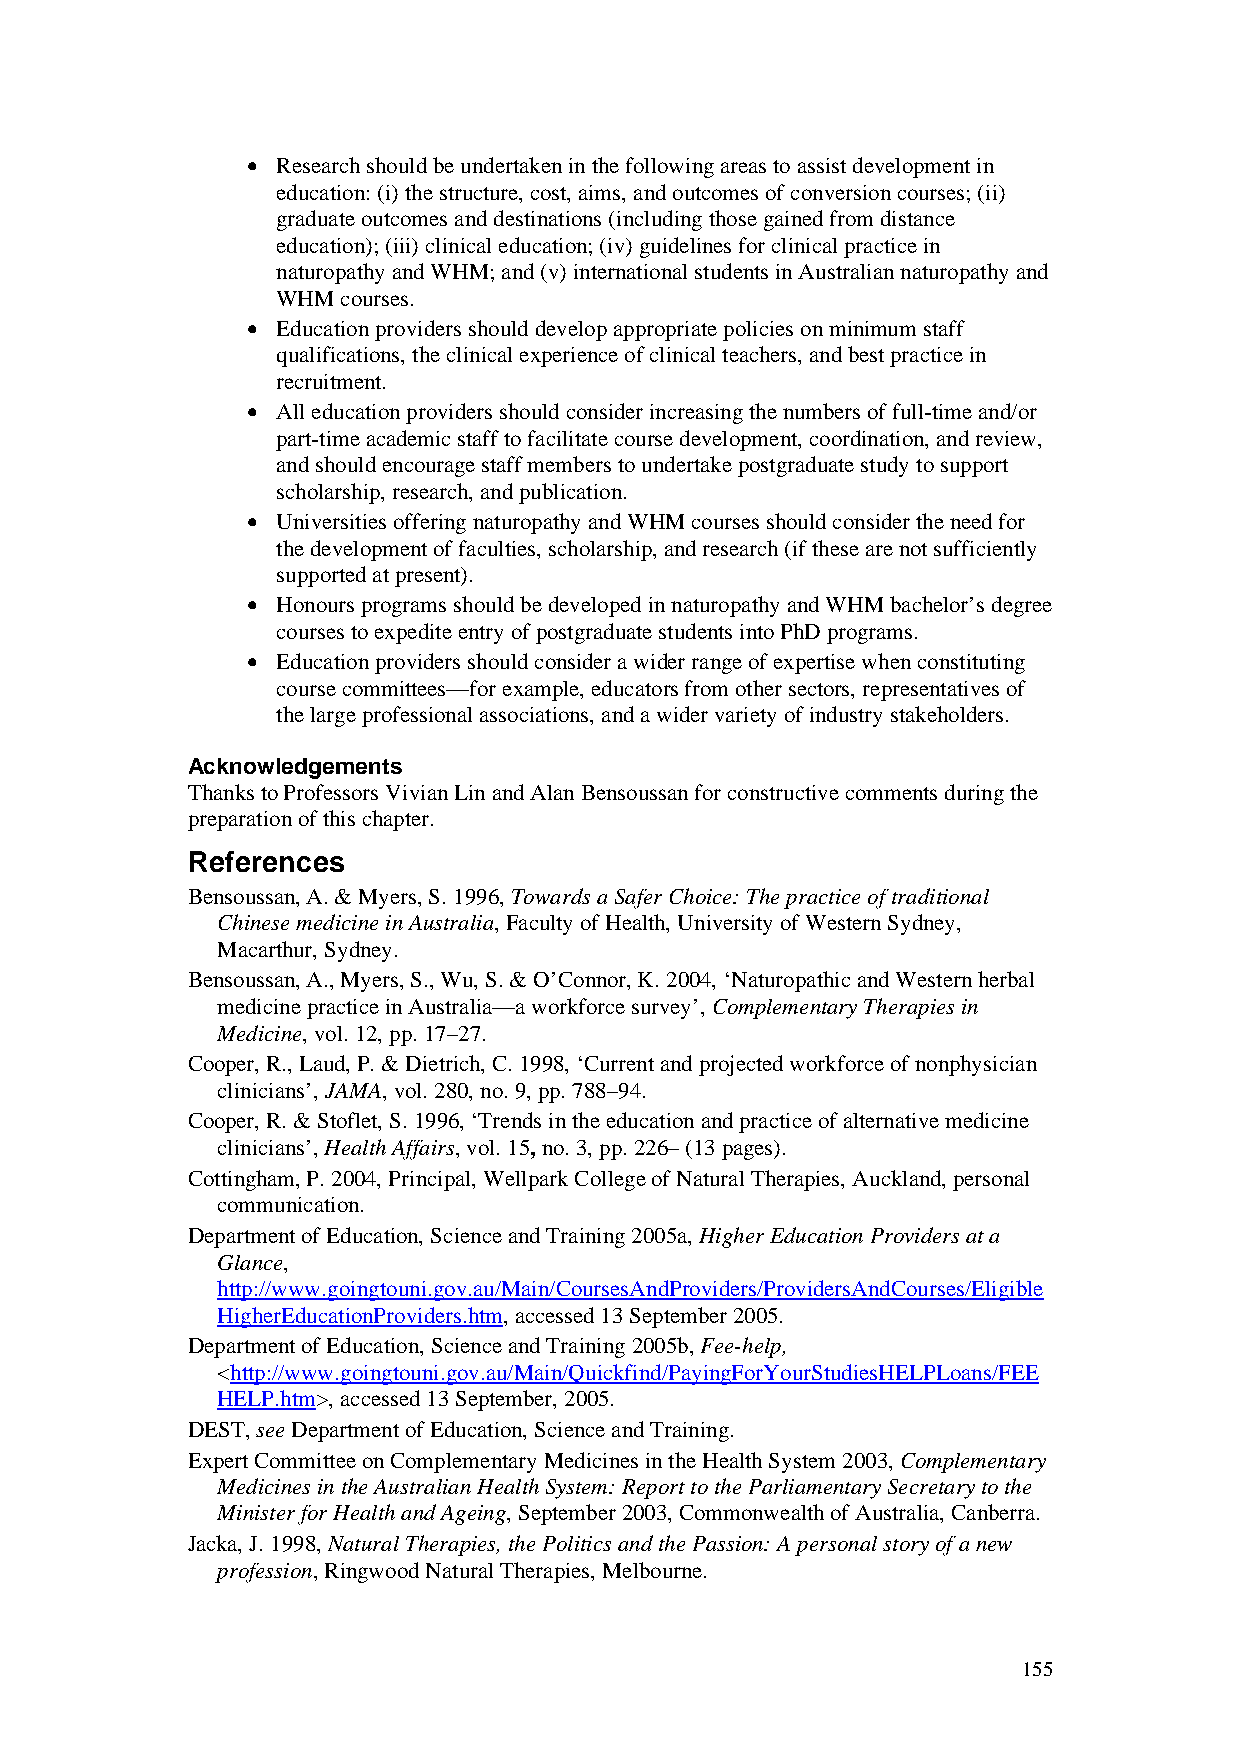
• Research should be undertaken in the following areas to assist development in
 education: (i) the structure, cost, aims, and outcomes of conversion courses; (ii)
 graduate outcomes and destinations (including those gained from distance
 education); (iii) clinical education; (iv) guidelines for clinical practice in
 naturopathy and WHM; and (v) international students in Australian naturopathy and
 WHM  courses.
 • Education providers should develop appropriate policies on minimum staff
 qualifications, the clinical experience of clinical teachers, and best practice in
 recruitment.
 • All education providers should consider increasing the numbers of full-time and/or
 part-time academic staff to facilitate course development, coordination, and review,
 and should encourage staff members to undertake postgraduate study to support
 scholarship, research, and publication.
 • Universities offering naturopathy and WHM courses should consider the need for
 the development of faculties, scholarship, and research (if these are not sufficiently
 supported at present).
 • Honours programs should be developed in naturopathy and WHM bachelor’s degree
 courses to expedite entry of postgraduate students into PhD programs.
 • Education providers should consider a wider range of expertise when constituting
 course committees—for example, educators from other sectors, representatives of
 the large professional associations, and a wider variety of industry stakeholders.
 Acknowledgements
 Thanks to Professors Vivian Lin and Alan Bensoussan for constructive comments during the
 preparation of this chapter.
 References
 Bensoussan, A. & Myers, S. 1996, Towards a Safer Choice: The practice of traditional
 Chinese medicine in Australia, Faculty of Health, University of Western Sydney,
 Macarthur, Sydney.
 Bensoussan, A., Myers, S., Wu, S. & O’Connor, K. 2004, ‘Naturopathic and Western herbal
 medicine practice in Australia—a workforce survey’, Complementary Therapies in
 Medicine, vol. 12, pp. 17–27.
 Cooper, R., Laud, P. & Dietrich, C. 1998, ‘Current and projected workforce of nonphysician
 clinicians’, JAMA, vol. 280, no. 9, pp. 788–94.
 Cooper, R. & Stoflet, S. 1996, ‘Trends in the education and practice of alternative medicine
 clinicians’, Health Affairs, vol. 15, no. 3, pp. 226– (13 pages).
 Cottingham, P. 2004, Principal, Wellpark College of Natural Therapies, Auckland, personal
 communication.
 Department of Education, Science and Training 2005a, Higher Education Providers at a
 Glance,
 http://www.goingtouni.gov.au/Main/CoursesAndProviders/ProvidersAndCourses/Eligible
 HigherEducationProviders.htm, accessed 13 September 2005.
 Department of Education, Science and Training 2005b, Fee-help,
 <http://www.goingtouni.gov.au/Main/Quickfind/PayingForYourStudiesHELPLoans/FEE
 HELP.htm>, accessed 13 September, 2005.
 DEST, see Department of Education, Science and Training.
 Expert Committee on Complementary Medicines in the Health System 2003, Complementary
 Medicines in the Australian Health System: Report to the Parliamentary Secretary to the
 Minister for Health and Ageing, September 2003, Commonwealth of Australia, Canberra.
 Jacka, J. 1998, Natural Therapies, the Politics and the Passion: A personal story of a new
 profession, Ringwood Natural Therapies, Melbourne.
 155